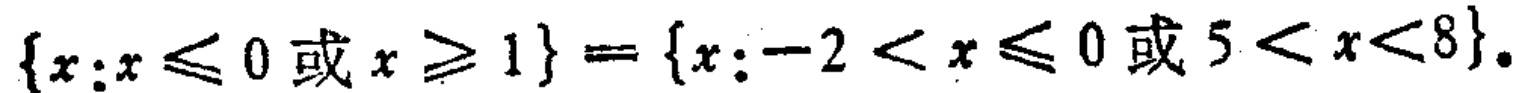
\(\{x:x\leqslant 0或x\geqslant 1\}=\{x:-2<x\leqslant 0或5<x<8\}\)